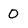
Character: O